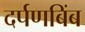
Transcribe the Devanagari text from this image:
दर्पणबिंब